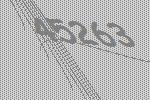
45263